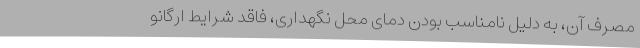
مصرف آن، به دلیل نامناسب بودن دمای محل نگهداری، فاقد شرایط ارگانو